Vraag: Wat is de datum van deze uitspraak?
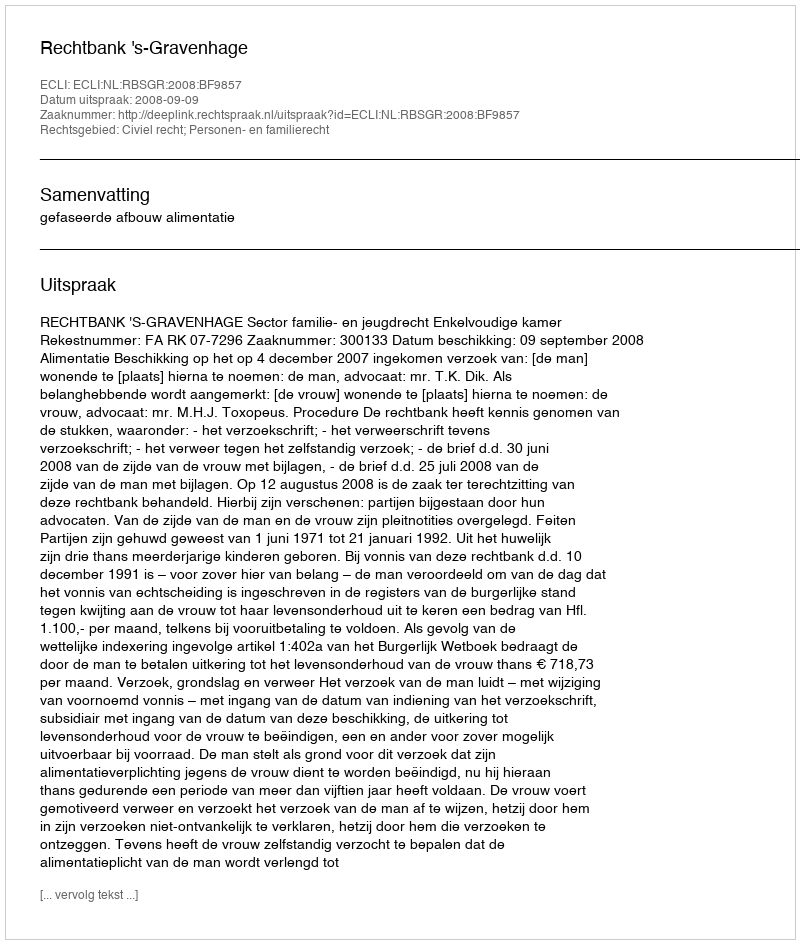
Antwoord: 2008-09-09